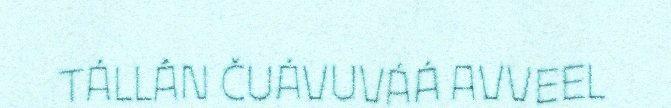
TÁLLÂN ČUÁVUVÁÁ AVVEEL